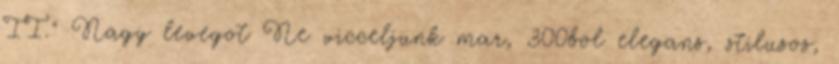
II." Nagy levegot Ne vicceljunk mar, 300bol elegans, stilusos,